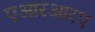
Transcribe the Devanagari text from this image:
एआरआरए